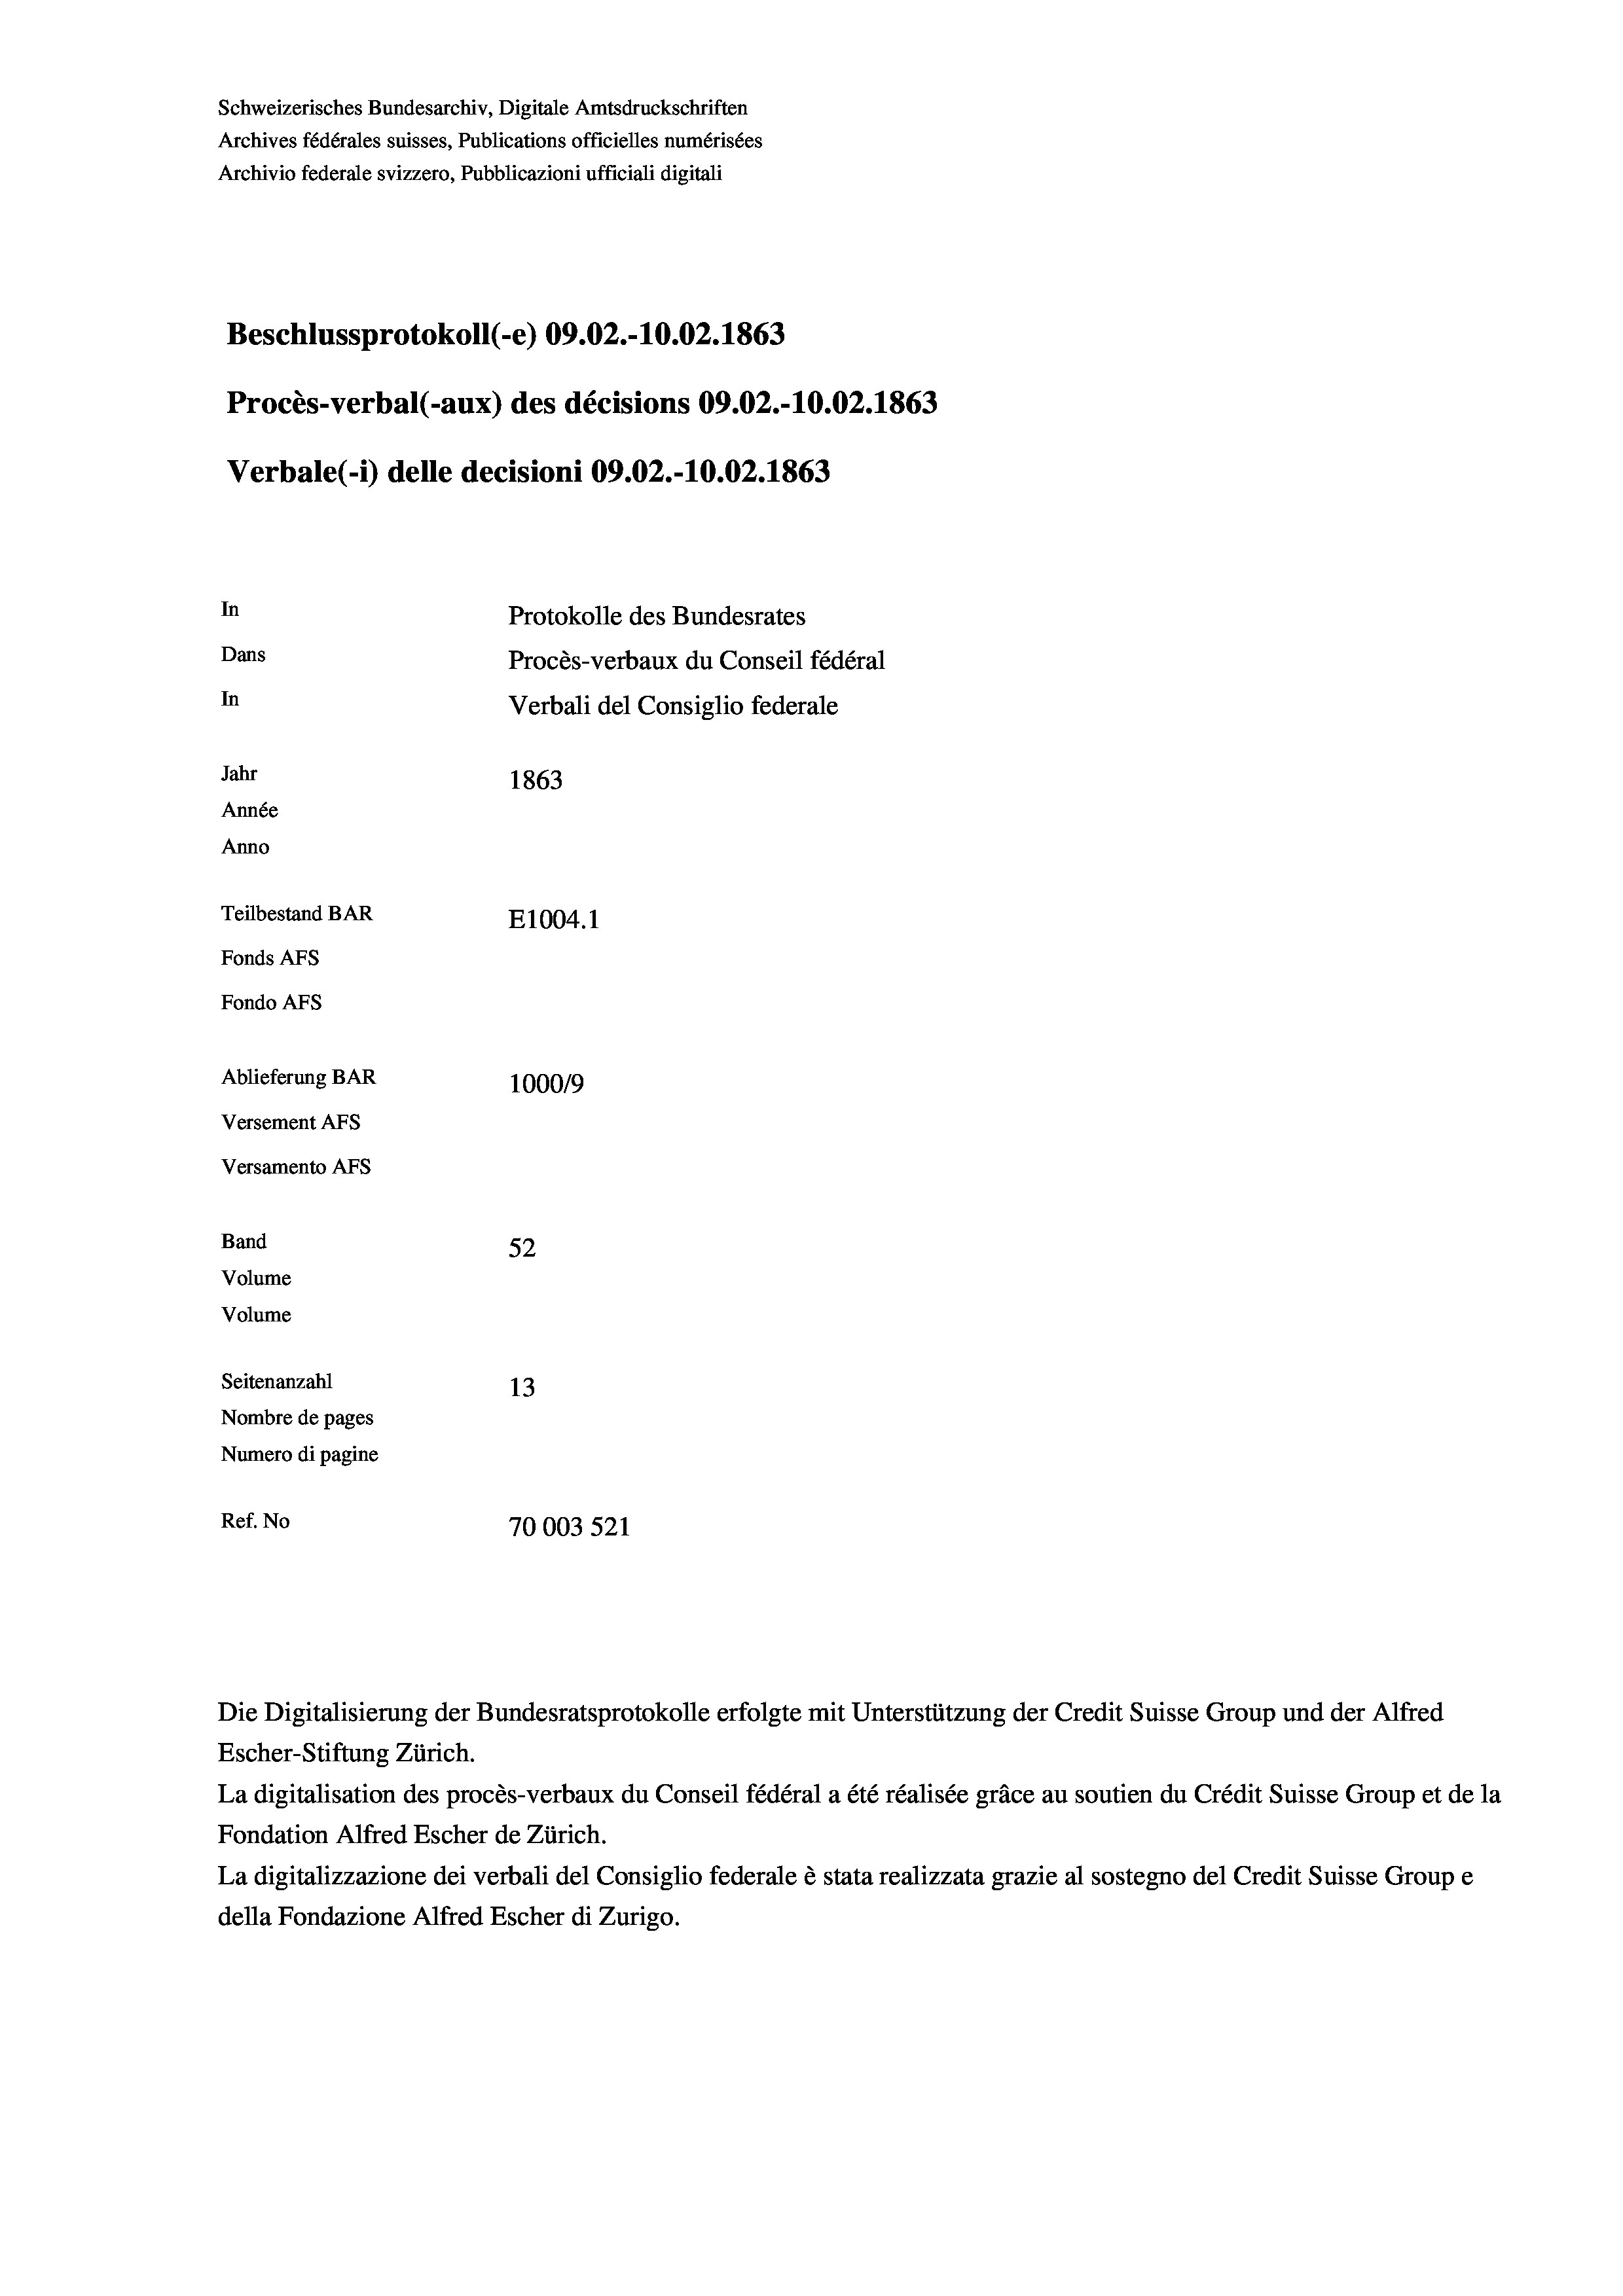
Schweizerisches Bundesarchiv, Digitale Amtsdruckschriften
Archives fédérales suisses, Publications officielles numérisées
Archivio federale svizzero, Pubblicazioni ufficiali digitali
Beschlussprotokoll (-e) 09.02.-10.02. 1863
Procès-verbal (-aux) des décisions 09.02.-10.02.1863
Verbale (- 1) delle decisioni 09.02.-10.02. 1863
In
Protokolle des Bundesrates
Dans
Procès-verbaux du Conseil fédéral
In
Verbali del Consiglio federale
Jahr
1863
Année
Anno
Teilbestand BAR
E1004.1
Fonds AFs
Fondo AFS
Ablieferung BAR
1000/9
Versement AFs
Versamento AFs
Band
52
Volume
Volume
Seitenanzahl
13
Nombre de pages
Numero di pagine
Ref. No
70003 521

Escher-Stiftung Zürich.
La digitalisation des procès-verbaux du Conseil fédéral a été réalisée gräce au soutien du Crédit Suisse Group et de la
Fondation Alfred Escher de Zürich.
La digitalizzazione dei verbali del Consiglio federale è stata realizzata grazie al sostegno del Credit Suisse Groupe
della Fondazione Alfred Escher di Zurigo.

Die Digitalisierung der Bundesratsprotokolle erfolgte mit Unterstützung der Credit Suisse Group und der Alfred